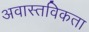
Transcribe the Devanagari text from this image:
अवास्तविकता